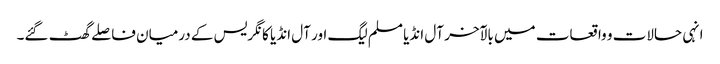
انہی حالات و واقعات میں بالآخر آل انڈیا مسلم لیگ اور آل انڈیا کانگریس کے درمیان فاصلے گھٹ گئے۔